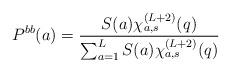
LaTeX: \begin{align*}P^{bb}(a) =\frac{S(a) \chi_{a,s}^{(L+2)} (q)}{\sum_{a=1}^L S(a) \chi_{a,s}^{(L+2)} (q)}\end{align*}